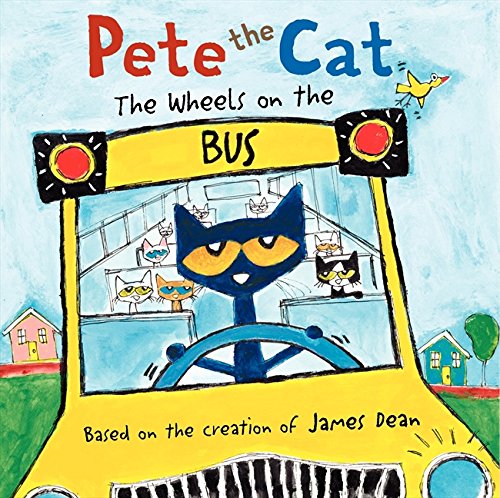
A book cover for Pete the Cat: The Wheels on the Bus; James Dean; Children's Books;